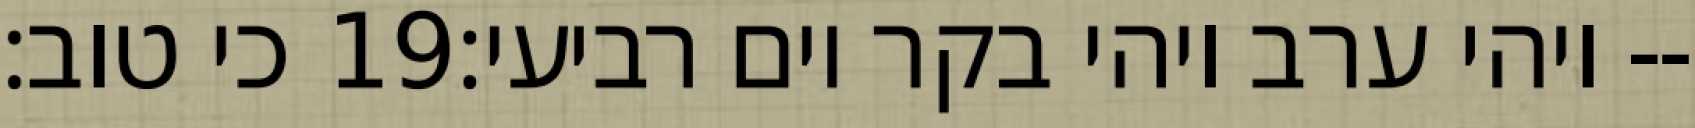
כי טוב׃ ‎19‏ ויהי ערב ויהי בקר יום רביעי׃--